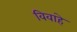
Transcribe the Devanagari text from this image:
विवाहे